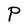
Character: P